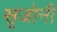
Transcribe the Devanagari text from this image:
सृजोनी